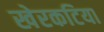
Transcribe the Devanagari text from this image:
खेरकटिया